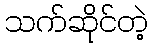
သက်ဆိုင်တဲ့